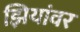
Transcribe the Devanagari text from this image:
झियांवर